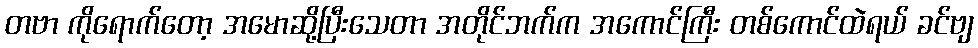
တဗာ ကိုရောက်တော့ အမောဆို့ပြီးသေတာ အတိုင်ဘက်က အကောင်ကြီး တစ်ကောင်ထဲရယ် ခင်ဗျ